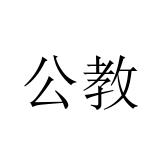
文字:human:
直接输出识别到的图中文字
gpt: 公教